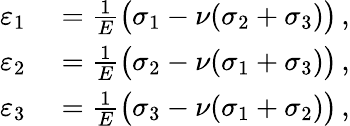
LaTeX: \begin{array}{rl}{\varepsilon_{1}}&{{}={\frac{1}{E}}{\big(}\sigma_{1}-\nu(\sigma_{2}+\sigma_{3}){\big)}\, ,}\\ {\varepsilon_{2}}&{{}={\frac{1}{E}}{\big(}\sigma_{2}-\nu(\sigma_{1}+\sigma_{3}){\big)}\, ,}\\ {\varepsilon_{3}}&{{}={\frac{1}{E}}{\big(}\sigma_{3}-\nu(\sigma_{1}+\sigma_{2}){\big)}\, ,}\end{array}